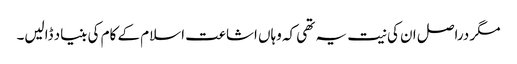
مگر دراصل ان کی نیت یہ تھی کہ وہاں اشاعت اسلام کے کام کی بنیاد ڈالیں۔